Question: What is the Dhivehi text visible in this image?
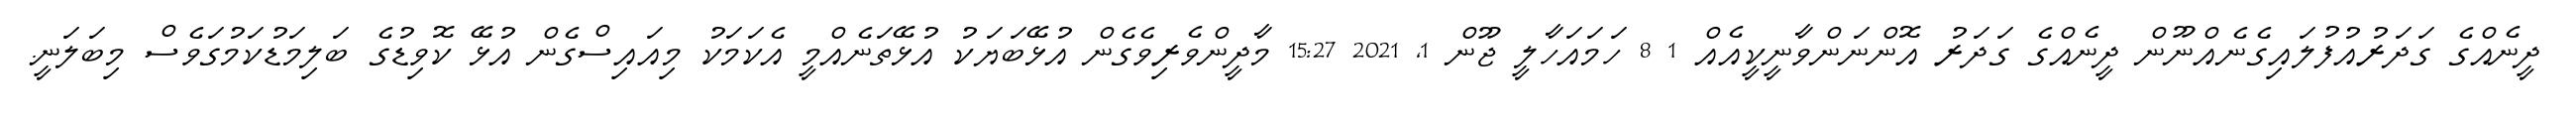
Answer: ދީނެއްގެ ގަދަރުއުފުލައިގެނެއްނޫން ދީނެއްގެ ގަދަރު އޮންނަންވާނީކީއެއް 1 8 ހަމައަހާލީ ޖޫން 1, 2021 15:27 މާދީންވެރިވެގެން އުޅޭބަޔަކު އުޅޭތަނެއްމީ އެކަމަކު މިއައިސްގެން އުޅޭ ކޮވިޑުގެ ބަލިމަޑުކަމުގަވެސް މިބަލަނީ.